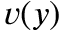
v ( y )